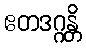
ဧတဒဂ္ဂန္တိ